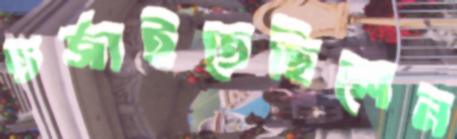
তর্জাইতেছিলেন